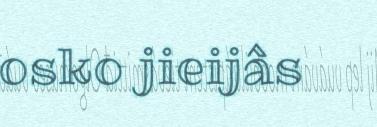
osko jieijâs